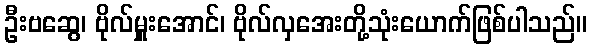
ဦးဗဆွေ၊ ဗိုလ်မှူးအောင်၊ ဗိုလ်လှအေးတို့သုံးယောက်ဖြစ်ပါသည်။